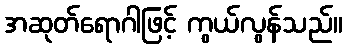
အဆုတ်ရောဂါဖြင့် ကွယ်လွန်သည်။